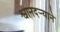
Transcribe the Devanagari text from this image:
श्वानदर्‍याने